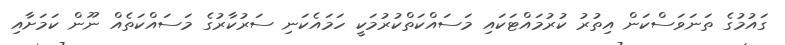
ގައުމުގެ ތަނަވަސްކަން އިތުރު ކުރުމައްޓަކައި މަސައްކަތްކުރުމަކީ ހަމައެކަނި ސަރުކާރުގެ މަސައްކަތެއް ނޫން ކަމަށާއި